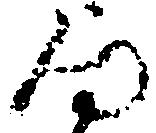
何